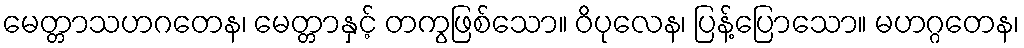
မေတ္တာသဟဂတေန၊ မေတ္တာနှင့် တကွဖြစ်သော။ ဝိပုလေန၊ ပြန့်ပြောသော။ မဟဂ္ဂတေန၊